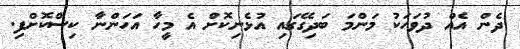
ދެން އެއް ދުވަހަކު މަންމަ ބަދިގޭގައި އުޅެނިކޮށް އެ މީހާ އަހަންނާ ކިސްކޮށްފި.